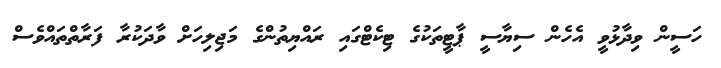
ހަސީން ވިދާޅުވީ އެހެން ސިޔާސީ ޕާޓީތަކުގެ ޓިކެޓްގައި ރައްޔިތުންގެ މަޖިލިހަށް ވާދަކުރާ ފަރާތްތައްވެސް